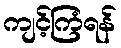
ကျင့်ကြံရန်